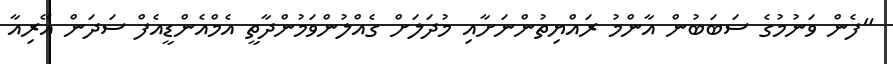
"ފެން ވަނުމުގެ ސަބަބުން އާންމު ރައްޔިތުންނަށާއި މުދަލަށް ގެއްލުންވަމުންދާތީ އެމްއެންޑީއެފް ސަދަން އޭރިއާ